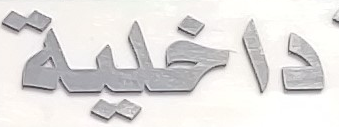
داخلية